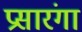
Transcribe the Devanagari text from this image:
प्रसारंगा